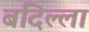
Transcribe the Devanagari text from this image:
बंदिल्ला